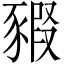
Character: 豭